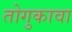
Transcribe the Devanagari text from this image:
तोगुकावा